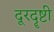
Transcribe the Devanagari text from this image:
दूरदॄष्टी